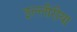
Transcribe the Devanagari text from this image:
इल्लीरीया